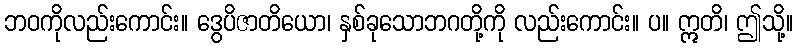
ဘဝကိုလည်းကောင်း။ ဒွေပိဇာတိယော၊ နှစ်ခုသောဘဂတို့ကို လည်းကောင်း။ ပ။ ဣတိ၊ ဤသို့။